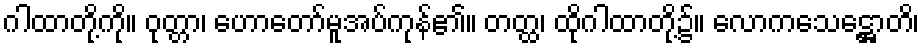
ဂါထာတို့ကို။ ဝုတ္တာ၊ ဟောတော်မူအပ်ကုန်၏။ တတ္ထ၊ ထိုဂါထာတို့၌။ လောကသေဋ္ဌောတိ၊